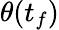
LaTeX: \theta(t_{f})